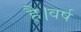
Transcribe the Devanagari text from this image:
है।वर्ष